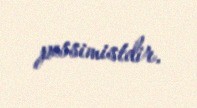
pessimistdir.